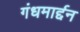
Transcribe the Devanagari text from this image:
गंधमार्द्दन